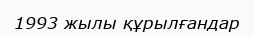
1993 жылы құрылғандар